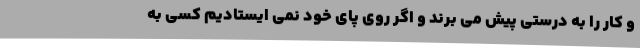
و کار را به درستی پیش می برند و اگر روی پای خود نمی ایستادیم کسی به